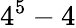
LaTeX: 4^{5}-4